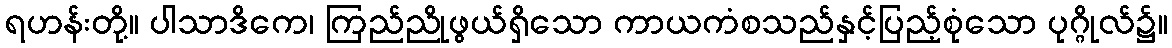
ရဟန်းတို့။ ပါသာဒိကေ၊ ကြည်ညိုဖွယ်ရှိသော ကာယကံစသည်နှင့်ပြည့်စုံသော ပုဂ္ဂိုလ်၌။